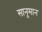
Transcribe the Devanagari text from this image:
सानुमान